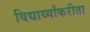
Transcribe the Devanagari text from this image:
विद्यार्थ्यांकरीता